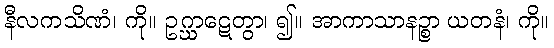
နီလကသိဏံ၊ ကို။ ဥဂ္ဃာဋေတွာ၊ ၍။ အာကာသာနဉ္စာ ယတနံ၊ ကို။